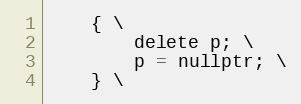
Language: C
    { \
        delete p; \
        p = nullptr; \
    } \